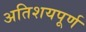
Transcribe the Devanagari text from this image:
अतिशयपूर्ण